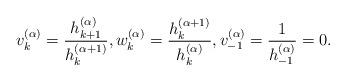
LaTeX: \begin{gather*}v_{k}^{(\alpha)}=\frac{h_{k+1}^{(\alpha)}}{h_{k}^{(\alpha+1)}},w_{k}^{(\alpha)}=\frac{h_{k}^{(\alpha+1)}}{h_{k}^{(\alpha)}}, v_{-1}^{(\alpha)}=\frac1{h_{-1}^{(\alpha)}}=0.\end{gather*}